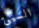
السيئ